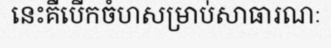
នេះគឺបើកចំហសម្រាប់សាធារណៈ